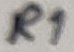
Text: R1